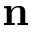
\mathbf { n }